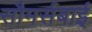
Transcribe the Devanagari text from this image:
सौमर्सबाई